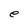
Character: e